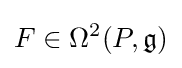
F\in \Omega ^{2}(P,{\mathfrak {g}})